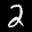
Label: 2